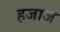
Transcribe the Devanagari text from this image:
हजाज